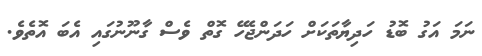
ނަމަ އަގު ބޮޑު ހަދިޔާތަކަށް ހަދަންޖެހޭ ގޮތް ވެސް ގާނޫނުގައި އެބަ އޮތެވެ.